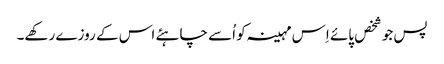
پس جو شخص پائے اِس مہینہ کو اُسے چاہئے اس کے روزے رکھے۔